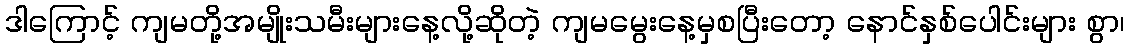
ဒါကြောင့် ကျမတို့အမျိုးသမီးများနေ့လို့ဆိုတဲ့ ကျမမွေးနေ့မှစပြီးတော့ နောင်နှစ်ပေါင်းများ စွာ၊